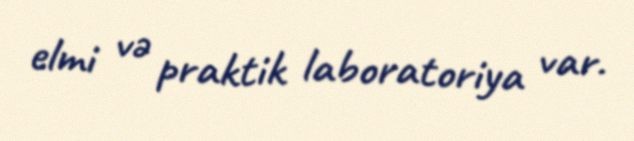
elmi və praktik laboratoriya var.